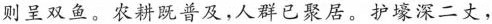
则呈双鱼。农耕既普及，人群已聚居。护壕深二丈，